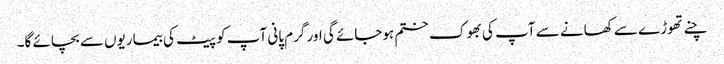
چنے تھوڑے سے کھانے سے آپ کی بھوک ختم ہوجائے گی اور گرم پانی آپ کو پیٹ کی بیماریوں سے بچائے گا۔